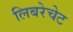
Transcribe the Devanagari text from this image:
लिबरेचेट